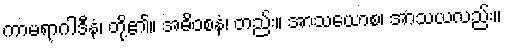
ကာမရာဂါဒီနံ၊ တို့၏။ အဓိဝစနံ၊ တည်း။ အာသယောစ၊ အာသယလည်း။